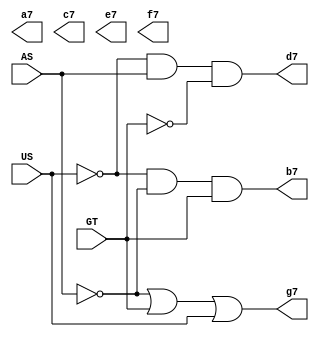
module exibir_matriz_rega(AS, US, GT, a7, b7, c7, d7, e7, f7, g7);
	input AS, US, GT;
	output a7, b7, c7, d7, e7, f7, g7;
	
	not not0(not_AS, AS);
	not not1(not_US, US);
	not not2(not_GT, GT);
	
	// A, C, E, F So ligadas a todo tempo.
	
	// LED (B)
	and And0(b7, not_US, not_AS, GT);
	
	
	// LED (D)
	and And1(d7, not_US, AS, not_GT);
	
	
	// LED (G)
	or Or0(g7, not_AS, GT, US);


endmodule